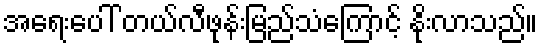
အရေးပေါ် တယ်လီဖုန်းမြည်သံကြောင့် နိုးလာသည်။